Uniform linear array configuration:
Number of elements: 24
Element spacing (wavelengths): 0.5
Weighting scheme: hamming
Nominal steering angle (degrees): -60
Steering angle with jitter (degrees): -59.726
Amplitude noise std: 0.05
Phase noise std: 0.05

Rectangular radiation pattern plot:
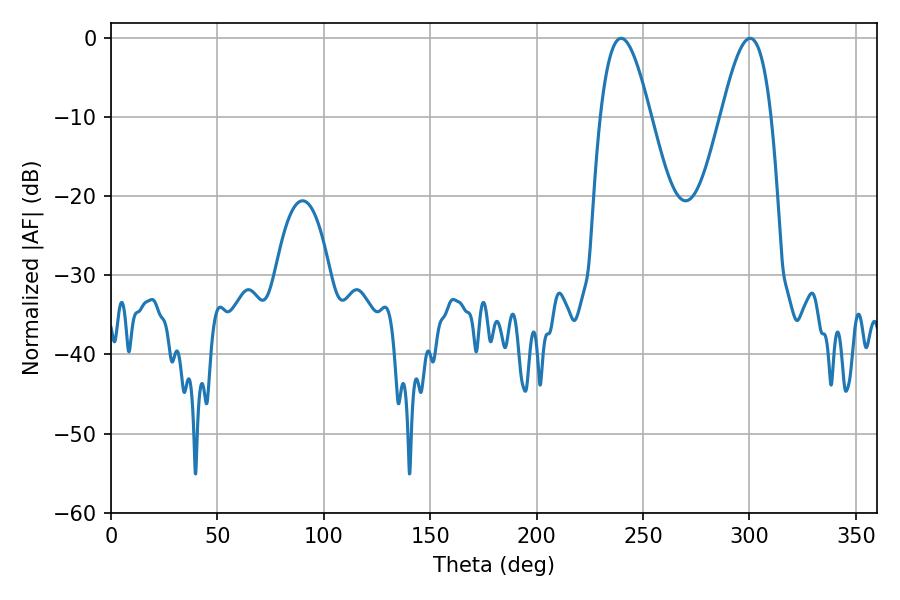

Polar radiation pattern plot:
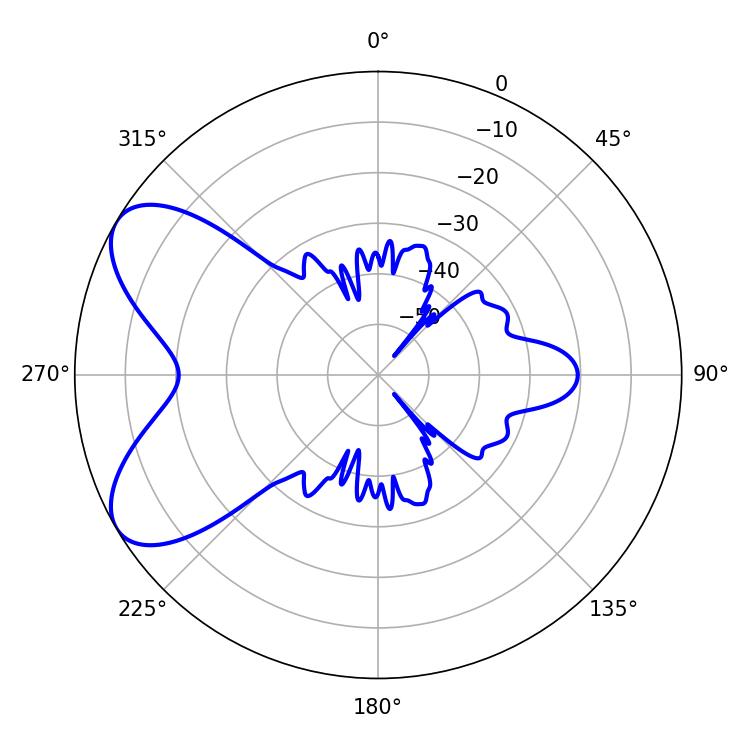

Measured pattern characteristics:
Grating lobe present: FALSE
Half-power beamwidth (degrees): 12.78
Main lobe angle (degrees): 239.76